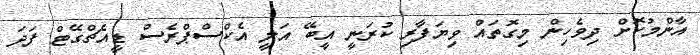
އާންމުކޮށް ދިވެހިން މިގޮތައް ވިޔަފާރި ކުރަނީ އީބޭ އަލީ އެކްސްޕްރެސް ޑީއެޗްގޭޓް ފަދަ